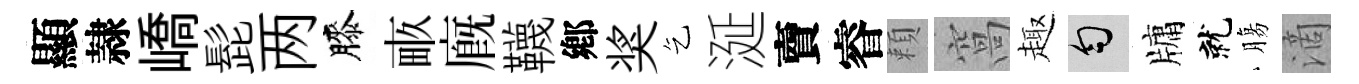
顯隷嶠髭两膝畞廐韈鄕奖乞涎𧶠睿頼窩趣匀牗就膓滴